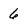
Character: 6